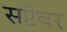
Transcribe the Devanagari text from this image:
सप्टॆंबर